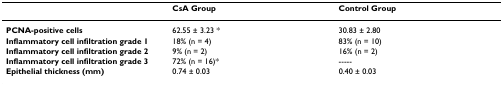
|  | CsA Group | Control Group |
 | --- | --- | --- |
 | PCNA-positive cells | 62.55 ± 3.23 * | 30.83 ± 2.80 |
 | Inflammatory cell infiltration grade 1 | 18% (n = 4) | 83% (n = 10) |
 | Inflammatory cell infiltration grade 2 | 9% (n = 2) | 16% (n = 2) |
 | Inflammatory cell infiltration grade 3 | 72% (n = 16)* | ----- |
 | Epithelial thickness (mm) | 0.74 ± 0.03 | 0.40 ± 0.03 |